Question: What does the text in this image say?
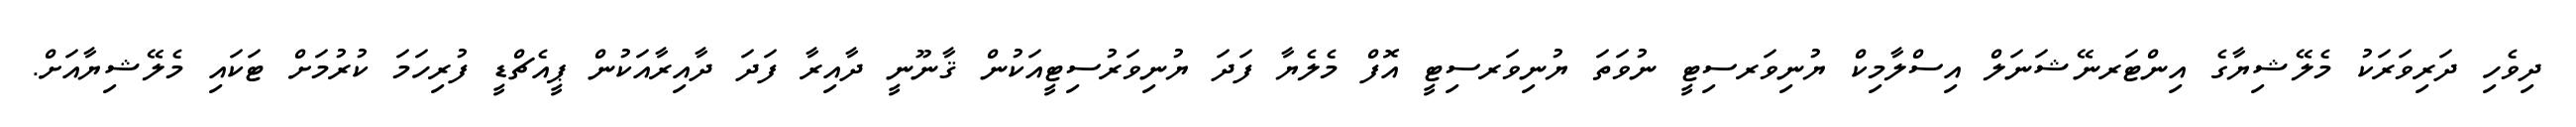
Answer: ދިވެހި ދަރިވަރަކު މެލޭޝިޔާގެ އިންޓަރނޭޝަނަލް އިސްލާމިކް ޔުނިވަރސިޓީ ނުވަތަ ޔުނިވަރސިޓީ އޮފް މެލެޔާ ފަދަ ޔުނިވަރުސިޓީއަކުން ޤާނޫނީ ދާއިރާ ފަދަ ދާއިރާއަކުން ޕީއެޗްޑީ ފުރިހަމަ ކުރުމަށް ޓަކައި މެލޭޝިޔާއަށް.